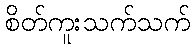
စိတ်ကူးသက်သက်